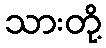
သားတို့